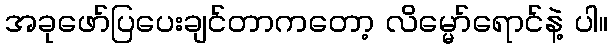
အခုဖော်ပြပေးချင်တာကတော့ လိမ္မော်ရောင်နဲ့ ပါ။